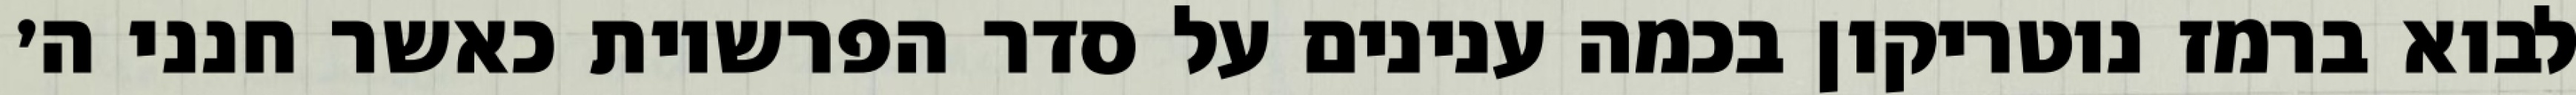
לבוא ברמז נוטריקון בכמה ענינים על סדר הפרשיות כאשר חנני ה׳